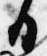
日